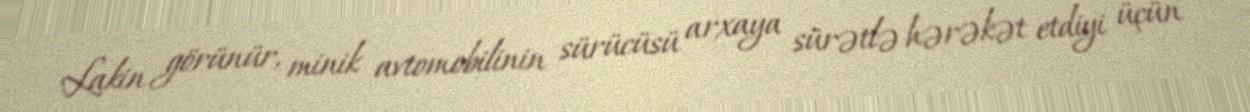
Lakin görünür, minik avtomobilinin sürücüsü arxaya sürətlə hərəkət etdiyi üçün